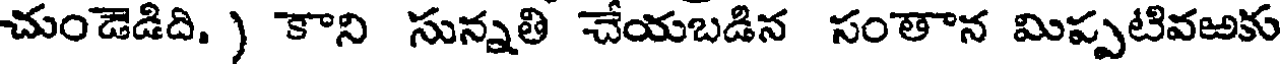
చుండెడిది. ) కాని సున్నతి చేయబడిన సంతాన మిప్పటివఱకు